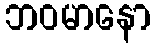
ဘဝမာနော